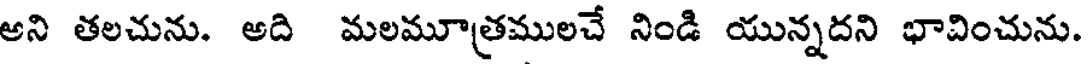
అని తలచును. అది మలమూత్రములచే నిండి యున్నదని భావించును.